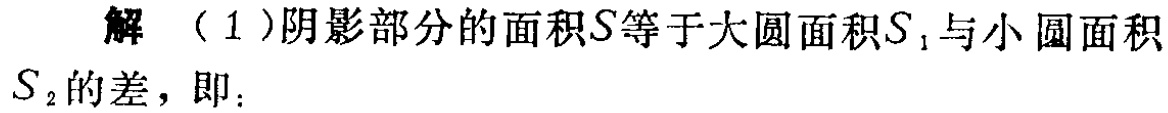
解 （1）阴影部分的面积\(S\)等于大圆面积\(S_{1}\)与小圆面积\(S_{2}\)的差，即：